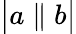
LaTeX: {\big|}a\parallel b{\big|}